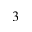
^ 3